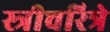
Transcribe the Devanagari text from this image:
स्त्रीचरित्रे